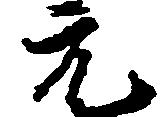
元